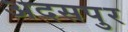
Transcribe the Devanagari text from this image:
अदसपुर